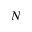
N